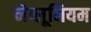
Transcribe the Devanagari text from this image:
नेप्लूनियम